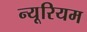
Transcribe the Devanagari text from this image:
न्यूरियम